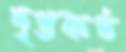
দৃপ্তকণ্ঠ